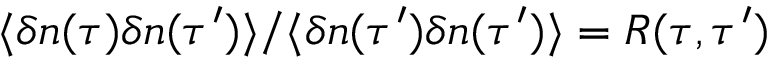
{ \langle \delta n ( \tau ) \delta n ( \tau ^ { \prime } ) \rangle } / { \langle \delta n ( \tau ^ { \prime } ) \delta n ( \tau ^ { \prime } ) \rangle } = R ( \tau , \tau ^ { \prime } )